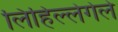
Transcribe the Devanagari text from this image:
लिहिल्लेगेले